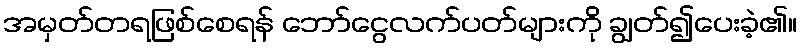
အမှတ်တရဖြစ်စေရန် ဘော်ငွေလက်ပတ်များကို ချွတ်၍ပေးခဲ့၏။